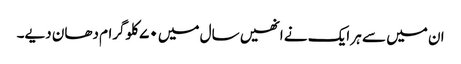
ان میں سے ہر ایک نے انھیں سال میں ۷۰ کلوگرام دھان دیے۔